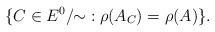
\begin{align*}\{C\in E^0/\!\!\sim \;:\rho(A_C)=\rho(A)\}.\end{align*}